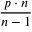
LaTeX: \frac { p \cdot n } { n - 1 }